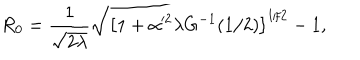
LaTeX: R _ { 0 } = \frac { 1 } { \sqrt { 2 \lambda } } \sqrt { \left[ 1 + \alpha ^ { 2 } \lambda G ^ { - 1 } ( 1 / 2 ) \right] ^ { 1 / 2 } - 1 } ,